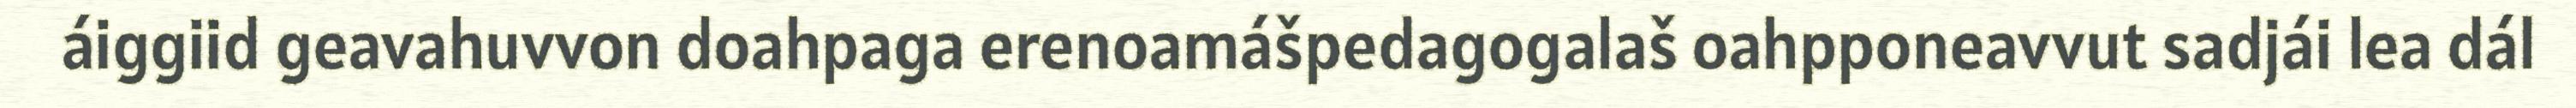
áiggiid geavahuvvon doahpaga erenoamášpedagogalaš oahpponeavvut sadjái lea dál